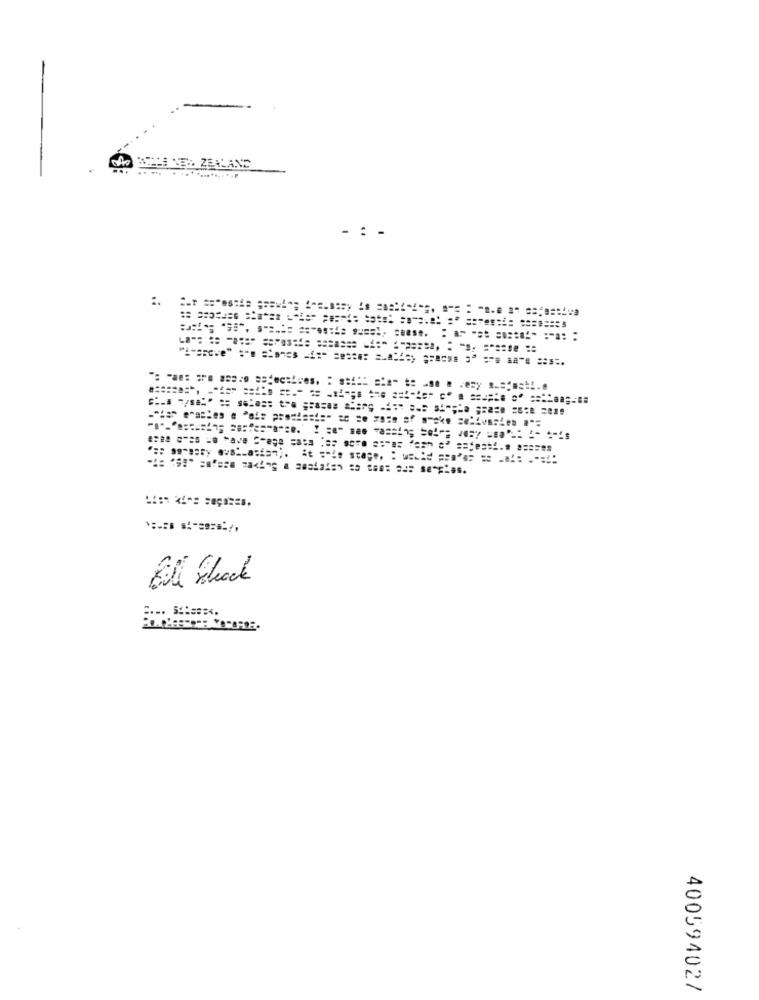
Bill Stock
40059402/